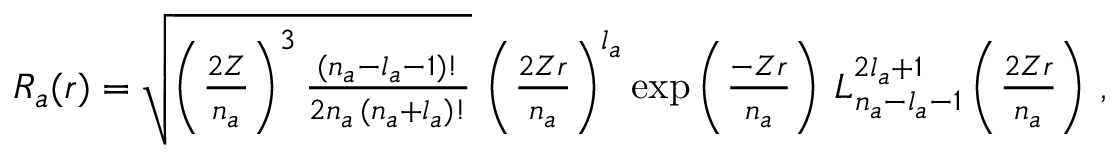
\begin{array} { r } { R _ { a } ( r ) = \sqrt { \left( \frac { 2 Z } { n _ { a } } \right) ^ { 3 } \frac { ( n _ { a } - l _ { a } - 1 ) ! } { 2 n _ { a } \, ( n _ { a } + l _ { a } ) ! } } \, \left( \frac { 2 Z r } { n _ { a } } \right) ^ { l _ { a } } \exp \left( \frac { - Z r } { n _ { a } } \right) \, L _ { n _ { a } - l _ { a } - 1 } ^ { 2 l _ { a } + 1 } \left( \frac { 2 Z r } { n _ { a } } \right) \, , } \end{array}